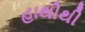
હાથીથી